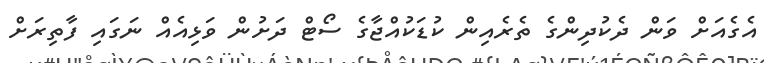
އެގެއަށް ވަން ދެކުދިންގެ ތެރެއިން ކުޑަކުއްޖާގެ ސޯޓް ދަށުން ވަޅިއެއް ނަގައި ފާތިރަށް